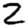
Digit: 2